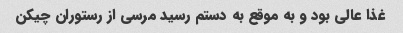
غذا عالی بود و به موقع به دستم رسید مرسی از رستوران چیکن